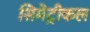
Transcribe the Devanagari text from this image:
सिमेट्रीकल